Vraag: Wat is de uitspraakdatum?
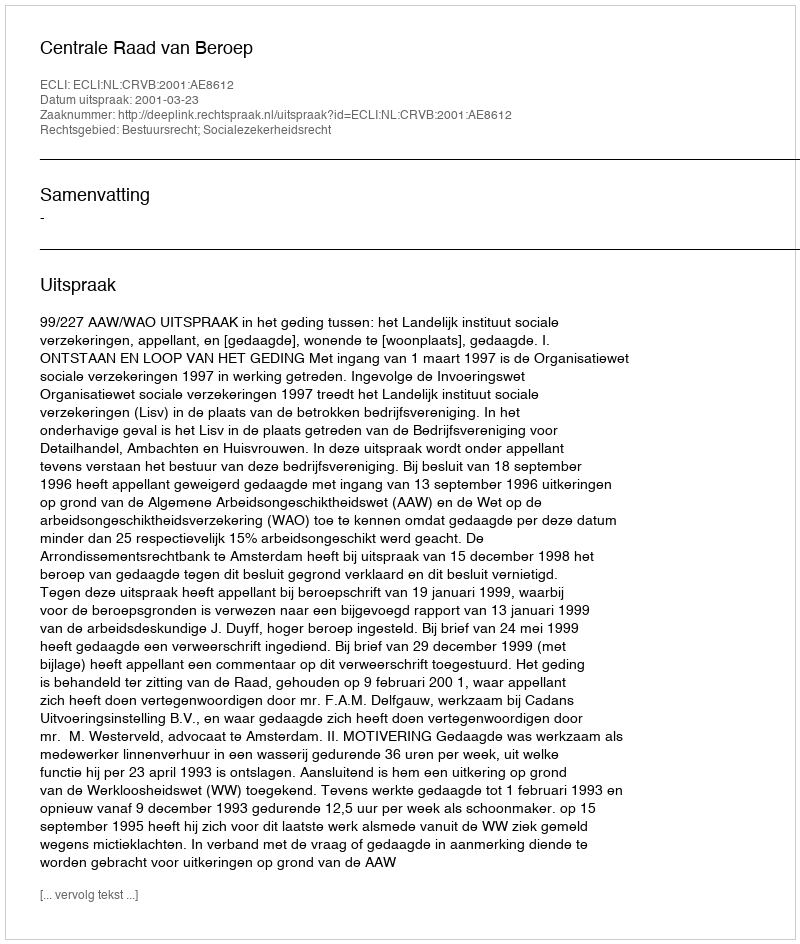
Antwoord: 2001-03-23